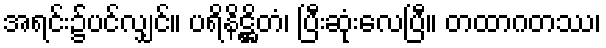
အရင်း၌ပင်လျှင်။ ပရိနိဋ္ဌိတံ၊ ပြီးဆုံးလေပြီ။ တထာဂတဿ၊